Lunatic asylums in Bengal annual reports 1912-1924 - 1912-1924
Year: 1912
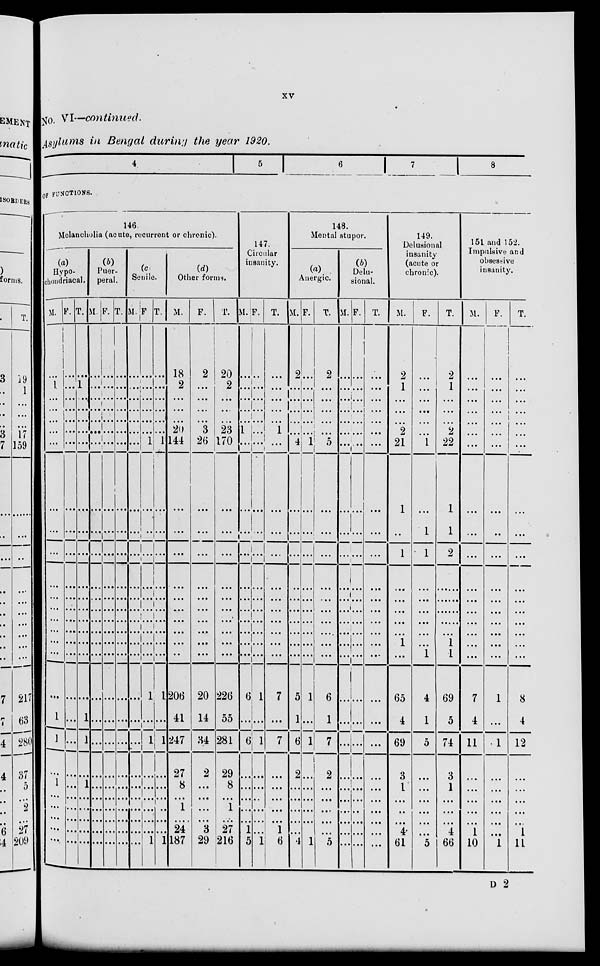
xv
No. VI—continued.
Asylums in Bengal during the year 1920.
4
5
6
7 8
OF FUNCTIONS.
146.
Melancholia (acute, recurrent or chronic).
(a)
Hypo-
chondriacal.
M.
...
1
...
...
...
...
...
...
...
...
...
...
...
...
...
...
...
...
1
1
...
1
...
...
...
...
...
F.
...
...
...
...
...
...
...
...
...
...
...
...
...
...
...
...
...
...
...
...
...
...
...
...
...
...
...
T.
...
1
...
...
...
...
...
...
...
...
...
...
...
...
...
...
...
...
1
1
...
1
...
...
...
...
...
(b)
Puer-
peral.
M.
...
...
...
...
...
...
...
...
...
...
...
...
...
...
...
...
...
...
...
...
...
...
...
...
...
...
...
F.
...
...
...
...
...
...
...
...
...
...
...
...
...
...
...
...
...
...
...
...
...
...
...
...
...
...
...
T.
...
...
...
...
...
...
...
...
...
...
...
...
...
...
...
...
...
...
...
...
...
...
...
...
...
...
...
(c)
Senile.
M.
...
...
...
...
...
...
...
...
...
...
...
...
...
...
...
...
...
...
...
...
...
...
...
...
...
...
...
F.
...
...
...
...
...
...
1
...
...
...
...
...
...
...
...
...
...
1
...
1
...
...
...
...
...
...
1
T.
...
...
...
...
...
...
1
...
...
...
...
...
...
...
...
...
...
1
...
1
...
...
...
...
...
...
1
(d)
Other forms.
M.
18
2
...
...
...
20
144
...
...
...
...
...
...
...
...
...
...
206
41
247
27
8
...
1
...
24
187
F.
2
...
...
...
...
3
26
...
...
...
...
...
...
...
...
...
...
20
14
34
2
...
...
...
...
3
29
T.
20
2
...
...
...
23
170
...
...
...
...
...
...
...
...
...
...
226
55
281
29
8
...
1
...
27
216
147.
Circular
insanity.
M.
...
...
...
...
...
1
...
...
...
...
...
...
...
...
...
...
..
6
...
6
...
...
...
...
...
1
5
F.
...
...
...
...
...
...
...
...
...
...
...
...
...
...
...
...
...
1
...
1
...
...
...
...
...
...
1
T.
...
...
...
...
...
1
...
...
...
...
...
...
...
...
...
...
...
7
...
7
...
...
...
...
...
1
6
148.
Mental stupor.
(a)
Anergic.
M.
2
...
...
...
...
...
4
...
...
...
...
...
...
...
...
...
...
5
1
6
2
...
...
...
...
...
4
F.
...
...
...
...
...
...
1
...
...
...
...
...
...
...
...
...
...
1
...
1
...
...
...
...
...
...
1
T.
2
...
...
...
...
...
5
...
...
...
...
...
...
...
...
...
...
6
1
7
2
...
...
...
...
...
5
(b)
Delu-
sional.
M.
...
...
...
...
...
...
...
...
...
...
...
...
...
...
...
...
...
...
...
...
...
...
...
...
...
...
...
F.
...
...
...
...
...
...
...
...
...
...
...
...
...
...
...
...
...
...
...
...
...
...
...
...
...
...
...
T.
...
...
...
...
...
...
...
...
...
...
...
...
...
...
...
...
...
...
...
...
...
...
...
...
...
...
...
149.
Delusional
insanity
(acute or
chronic).
M.
2
1
...
...
...
2
21
1
...
1
...
...
...
...
...
1
...
65
4
69
3
1
...
..
...
4
61
F.
...
...
...
...
...
...
1
...
1
1
...
...
...
...
...
...
1
4
1
5
...
...
...
...
...
...
5
T.
2
1
...
...
...
2
22
1
1
2
.....
...
...
...
...
1
1
69
5
74
3
1
...
...
...
4
66
151 and 152.
Impulsive and
obsessive
insanity.
M.
...
...
...
...
...
...
...
...
...
...
...
...
...
...
...
...
...
7
4
11
...
...
...
...
...
1
10
F.
...
...
...
...
...
...
...
...
...
...
...
...
...
...
...
...
...
1
...
1
...
...
...
...
...
...
1
T.
...
...
...
...
...
...
...
...
...
...
...
...
...
...
...
...
...
8
4
12
...
...
...
...
...
1
11
D 2